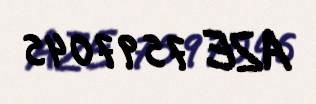
AZE 7597045